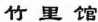
竹里馆